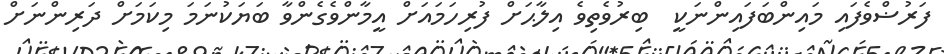
ފަރުޟްވެފައި މައިންބަފައިންނަކީ  ބިރުވެތިވެ އިލާޙަށް ފުރިހަމައަށް އީމާންވެގެންވާ ބަޔަކުނަމަ މިކަމަށް ދަރިންނަށް